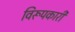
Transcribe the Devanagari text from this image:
विरूपकारी